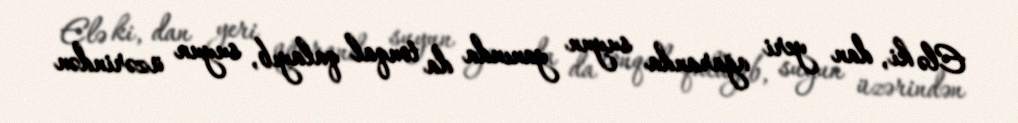
Elə ki, dan yeri ağaranda suyun yanında da tonqal qalayıb, suyun üzərindən